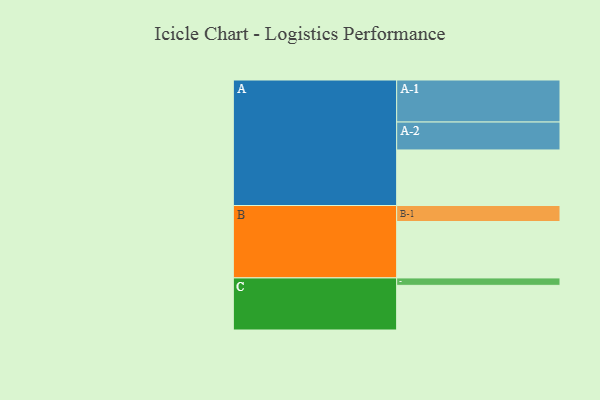
{"axis": {"x": "Segment", "y": "Value"}, "legend": ["", "A", "B", "C"], "data": [{"x": "A", "y": 382, "type": ""}, {"x": "B", "y": 388, "type": ""}, {"x": "C", "y": 307, "type": ""}, {"x": "A-1", "y": 289, "type": "A"}, {"x": "A-2", "y": 192, "type": "A"}, {"x": "B-1", "y": 110, "type": "B"}, {"x": "C-1", "y": 51, "type": "C"}]}